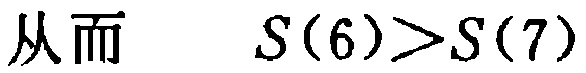
从而 $\quad S(6)>S(7)$